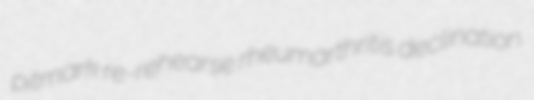
pitmark re-rehearse rheumarthritis declination